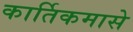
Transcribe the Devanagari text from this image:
कार्तिकमासे